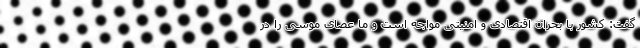
گفت: کشور با بحران اقتصادی و امنیتی مواجه است و ما عصای موسی را در